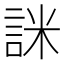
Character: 詸